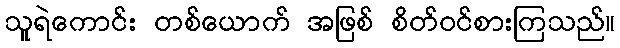
သူရဲကောင်း တစ်ယောက် အဖြစ် စိတ်ဝင်စားကြသည်။